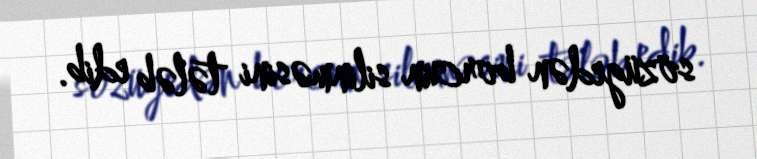
sözügedən borcun silinməsini tələb edib.